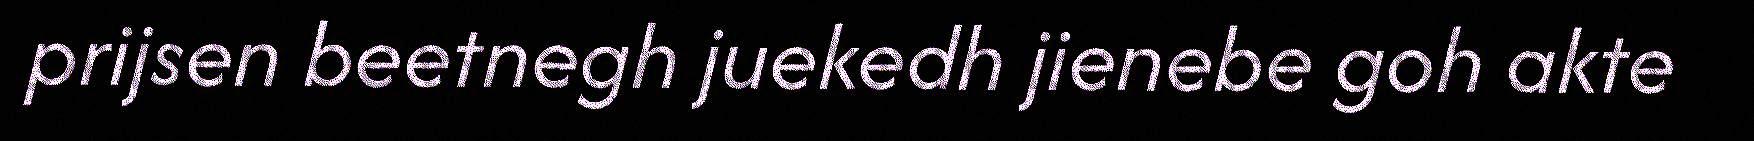
prijsen beetnegh juekedh jienebe goh akte